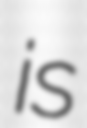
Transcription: is